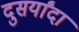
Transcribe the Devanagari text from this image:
दुसर्यांदा